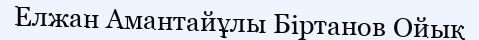
Елжан Амантайұлы Біртанов Ойық